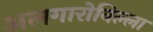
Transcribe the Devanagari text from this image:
अलगारोविल्ला